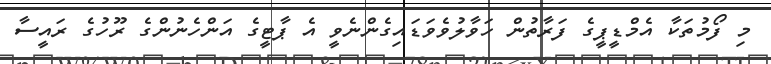
މި ފޯމުތަކާ އެމްޑީޕީގެ ފަރާތުން ހަވާލުވެވަޑައިގެންނެވީ އެ ޕާޓީގެ އަންހެނުންގެ ރޫހުގެ ރައީސާ